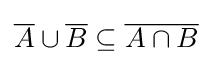
{\overline {A}}\cup {\overline {B}}\subseteq {\overline {A\cap B}}